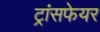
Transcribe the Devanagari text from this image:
ट्रांसफेयर